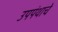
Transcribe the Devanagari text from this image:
उपपंथाचे